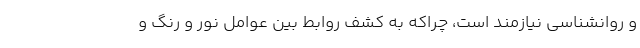
و روانشناسی نیازمند است، چراکه به کشف روابط بین عوامل نور و رنگ و